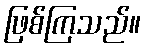
ဖြစ်ကြသည်။